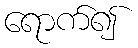
ရောက်၍